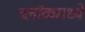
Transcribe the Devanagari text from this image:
ब्लॉकमध्‍ये